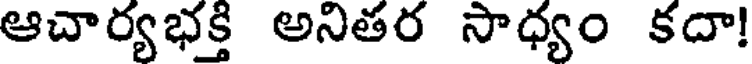
ఆచార్యభక్తి అనితర సాధ్యం కదా!